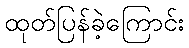
ထုတ်ပြန်ခဲ့ကြောင်း